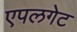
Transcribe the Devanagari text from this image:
एपलगेट